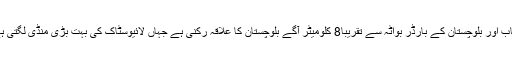
پنجاب اور بلوچستان کے بارڈر بواٹہ سے تقریباً8 کلومیٹر آگے بلوچستان کا علاقہ رکنی ہے جہاں لائیوسٹاک کی بہت بڑی منڈی لگتی ہے ۔